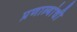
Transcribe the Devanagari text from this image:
प्रणाल्यांची